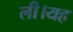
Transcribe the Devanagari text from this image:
ली।यह